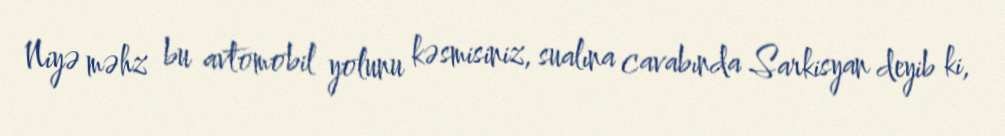
Niyə məhz bu avtomobil yolunu kəsmisiniz, sualına cavabında Sarkisyan deyib ki,